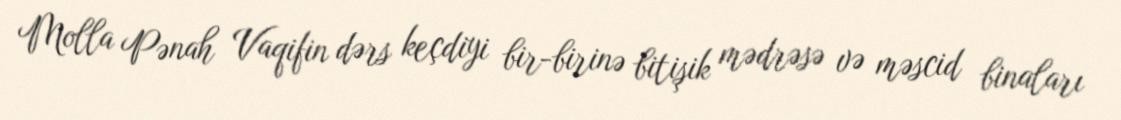
Molla Pənah Vaqifin dərs keçdiyi bir-birinə bitişik mədrəsə və məscid binaları